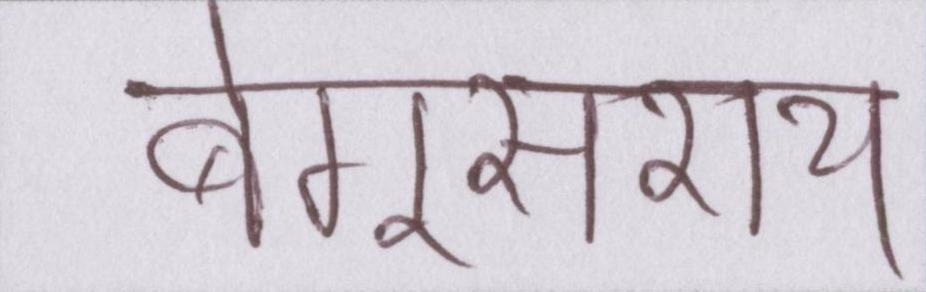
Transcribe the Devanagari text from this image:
बेगूसराय